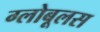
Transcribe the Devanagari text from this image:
ग्लोबूलस